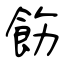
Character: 飭